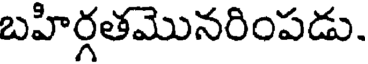
బహిర్గతమొనరింపడు.